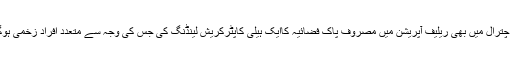
ادھر چترال میں بھی ریلیف آپریشن میں مصروف پاک فضائیہ کاایک ہیلی کاپٹرکریش لینڈنگ کی جس کی وجہ سے متعدد افراد زخمی ہوگئے۔